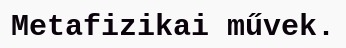
Metafizikai művek.